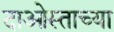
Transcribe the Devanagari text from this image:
दाओस्ताच्या